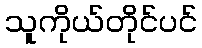
သူကိုယ်တိုင်ပင်